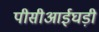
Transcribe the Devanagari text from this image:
पीसीआईघड़ी